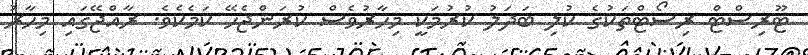
ޓޫރިސްޓް ރިސޯޓްތަކުގެ ކުލި ބަދަލު ކުރުމަކީ މިހާރުވެސް ކުރަންޖެހޭ ކަމެކެވެ. ރާއްޖޭގައި މިހާރު